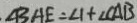
\angle B A E = \angle 1 + \angle C A B